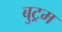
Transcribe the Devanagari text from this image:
बुट्रम